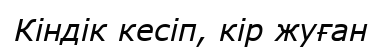
Кіндік кесіп, кір жуған